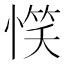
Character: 𢞖